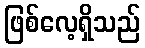
ဖြစ်လေ့ရှိသည်